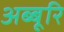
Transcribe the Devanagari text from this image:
अब्बूरि